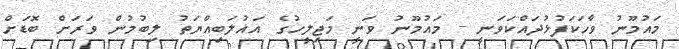
މައުމޫނު ވާހަކަފުޅުދައްކަވަނީ - މައުމޫނު ވަނީ މަޖިލީހުގެ އަޣުލަބިއްޔަތު ލިބުމުން ވަރަށް ބޮޑަށް